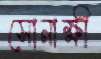
সোনাক্ষী